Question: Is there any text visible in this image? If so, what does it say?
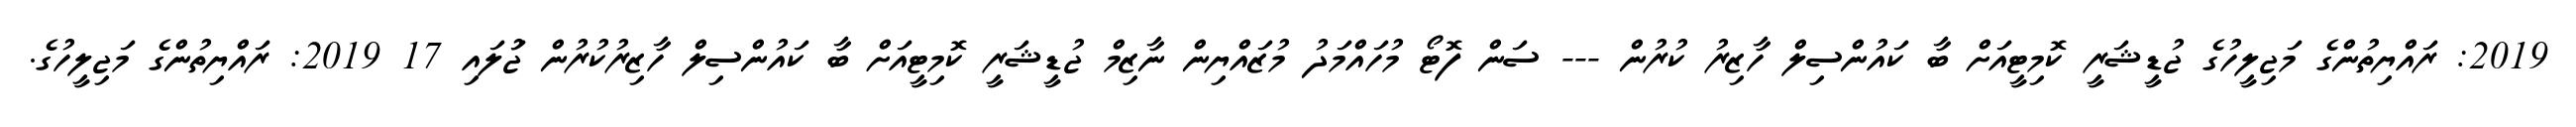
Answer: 2019: ރައްޔިތުންގެ މަޖިލީހުގެ ޖުޑީޝަރީ ކޮމިޓީއަށް ބާ ކައުންސިލް ހާޒިރު ކުރުން --- ސަން ފޮޓޯ މުހައްމަދު މުޒައްޔިން ނާޒިމް ޖުޑީޝަރީ ކޮމިޓީއަށް ބާ ކައުންސިލް ހާޒިރުކުރުން ޖުަލައި 17 2019: ރައްޔިތުންގެ މަޖިލީހުގެ.